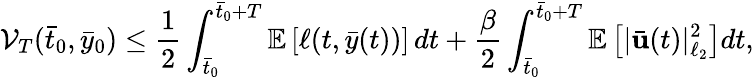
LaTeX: \mathcal{V}_{T}(\bar{{t}}_{0},\bar{{y}}_{0})\leq\frac{{1}}{{2}}\int_{\bar{{t}}_{0}}^{\bar{{t}}_{0}+T}\mathbb{{E}}\left[\ell(t,\bar{{y}}(t))\right]\, dt+\frac{{\beta}}{{2}}\int_{\bar{{t}}_{0}}^{\bar{{t}}_{0}+T}\mathbb{{E}}\left[|\bar{{\mathbf{{u}}}}(t)|_{\ell_{2}}^{2}\right]dt,